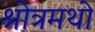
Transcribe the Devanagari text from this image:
श्रोत्रमथो